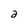
Character: a